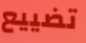
تضييع